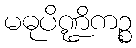
မဓုပိဏ္ဍိကဉ္စ